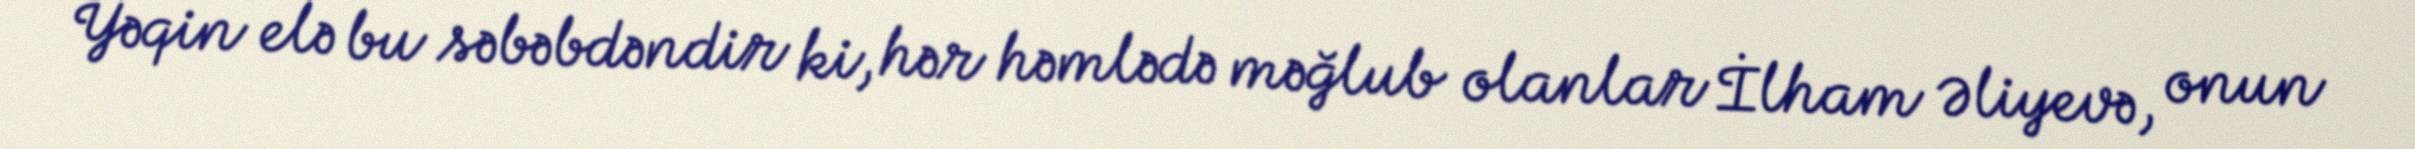
Yəqin elə bu səbəbdəndir ki, hər həmlədə məğlub olanlar İlham Əliyevə, onun